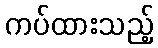
ကပ်ထားသည့်